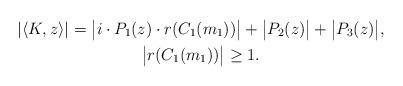
LaTeX: \begin{gather*}\lvert\langle K, z \rangle\rvert = \bigl|i\cdot P_1(z)\cdot r(C_1(m_1))\bigr|+\bigl|P_2(z)\bigr|+\bigl|P_3(z)\bigr|,\\\bigl|r(C_1(m_1))\bigr|\geq 1.\end{gather*}